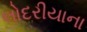
લોદરીયાના